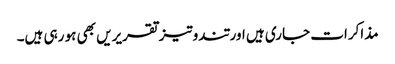
مذاکرات جاری ہیں اور تندوتیز تقریریں بھی ہو رہی ہیں۔